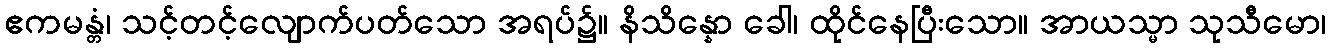
ဧကမန္တံ၊ သင့်တင့်လျောက်ပတ်သော အရပ်၌။ နိသိန္နော ခေါ၊ ထိုင်နေပြီးသော။ အာယသ္မာ သုသီမော၊